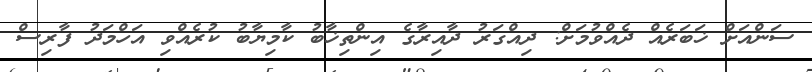
ސަންއަށް ޚަބަރެއް ދެއްވުމަށް: ދިއްގަރު ދާއިރާގެ އިންތިޚާބު ކާމިޔާބު ކުރެއްވި އަހްމަދު ފާރިސް